Indian journal of veterinary science and animal husbandry - Volumes 26-27, 1956-1957
Year: 1956
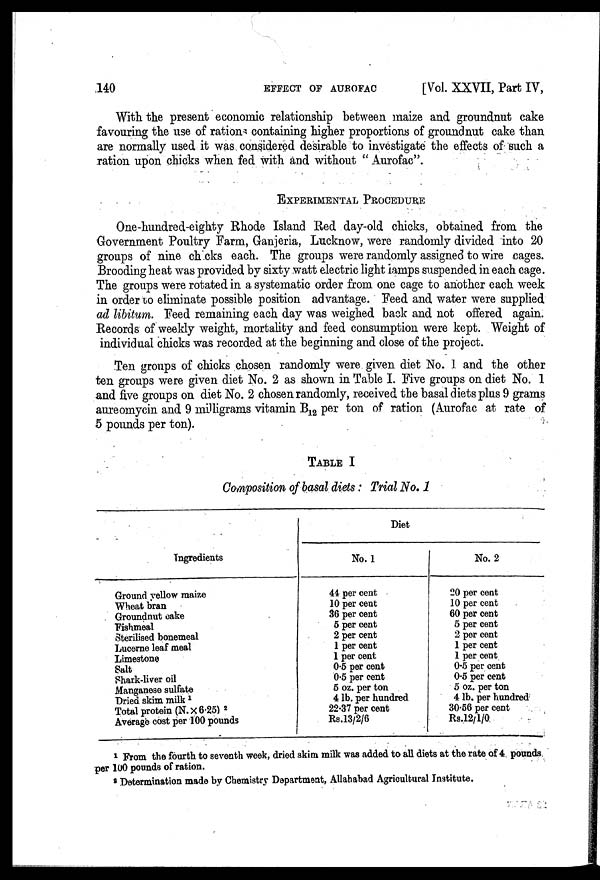
140
EFFECT
OP
AUROFAC
[Vol. XXVII, Part IV,
With the present economic relationship between maize and groundnut cake
favouring the use of ration containing higher proportions of groundnut cake than
are normally used it was considered desirable to investigate the effects of such a
ration upon chicks when fed with and without " Aurofac".
EXPERIMENTAL PROCEDURE
One-hundred-eighty Rhode Island Red day-old chicks, obtained from the
Government Poultry Farm, Ganjeria, Lucknow, were randomly divided into 20
groups of nine ch cks each. The groups were randomly assigned to wire cages.
Brooding heat was provided by sixty watt electric light lamps suspended in each cage.
The groups were rotated in a systematic order from one cage to another each week
in order to eliminate possible position advantage. Feed and water were supplied
ad libitum. Feed remaining each day was weighed back and not offered again.
Records of weekly weight, mortality and feed consumption were kept. Weight of
individual chicks was recorded at the beginning and close of the project.
Ten groups of chicks chosen randomly were given diet No. 1 and the other
ten groups were given diet No. 2 as shown in Table I. Five groups on diet No. 1
and five groups on diet No. 2 chosen randomly, received the basal diets plus 9 grams
aureomycin and 9 milligrams vitamin B 12 per ton of ration (Aurofac at rate of
5 pounds per ton).
TABLE I
Composition of basal diets: Trial No. 1
Ingredients
Ground yellow maize
Wheat bran
Groundnut cake
Fishmeal
Sterilised bonemeal
Lucerne leaf meal
Limestone
Salt
Shark-liver oil
Manganese sulfate
Dried skim milk 1
Total protein (N.×6.25) 2
Average cost per 100 pounds
Diet
No. 1
44 per cent
10 per cent
36 per cent
5 per cent
2 per cent
1 per cent
1 per cent
0.5 per cent
0.5 per cent
5 oz. per ton
4 lb. per hundred
22.37 per cent
Rs.13/2/6
No. 2
20 per cent
10 per cent
60 per cent
5 per cent
2 per cent
1 per cent
1 per cent
0.5 per cent
0.5 per cent
5 oz. per ton
4 lb. per hundred
30.56 per cent
Rs.12/1/0
1 From the fourth to seventh week, dried skim milk was added to all diets at the rate of 4 pounds
per 100 pounds of ration.
2 Determination made by Chemistry Department, Allahabad Agricultural Institute.